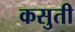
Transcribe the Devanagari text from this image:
कसुती